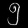
Digit: ၅